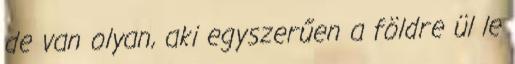
de van olyan, aki egyszerűen a földre ül le